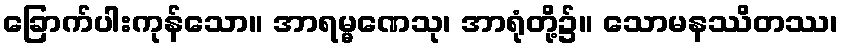
ခြောက်ပါးကုန်သော။ အာရမ္မဏေသု၊ အာရုံတို့၌။ သောမနဿိတဿ၊